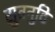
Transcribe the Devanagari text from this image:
सुतनुटि